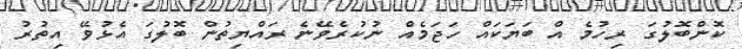
ކޮންބޮލުގަ ރިހުމެ އް ބަޔަކައް ހަޖަމެއް ނުކުރެވޭނެ ރައްޔިތުން ބޮލުގަ އެޅުވޭ އިތުރު